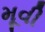
મૂવી